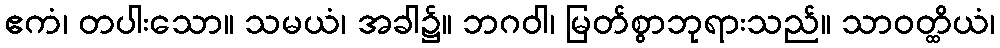
ဧကံ၊ တပါးသော။ သမယံ၊ အခါ၌။ ဘဂဝါ၊ မြတ်စွာဘုရားသည်။ သာဝတ္ထိယံ၊